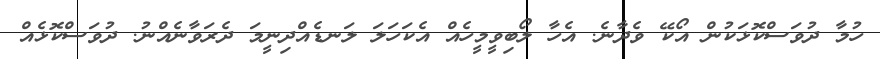
ހުމާ ދުވަސްކޮޅަކުން އޯކޭ ވެދާނެ. އެހާ ލޯބިވީމީހެއް އެކަހަލަ ލަނޑެއްދިނީމަ ދެރަވާނެއްނު. ދުވަސްކޮޅެއް